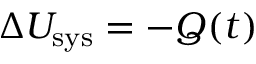
\Delta U _ { \mathrm { s y s } } = - Q ( t )